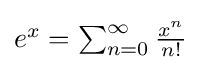
{\textstyle e^{x}=\sum _{n=0}^{\infty }{\frac {x^{n}}{n!}}}